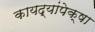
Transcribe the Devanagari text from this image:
कायद्यांपेक्षा